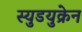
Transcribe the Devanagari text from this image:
स्युडयुक्रेन